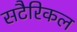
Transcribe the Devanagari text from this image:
सटैरिकल